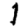
Digit: 1